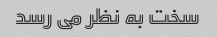
سخت به نظر می رسد